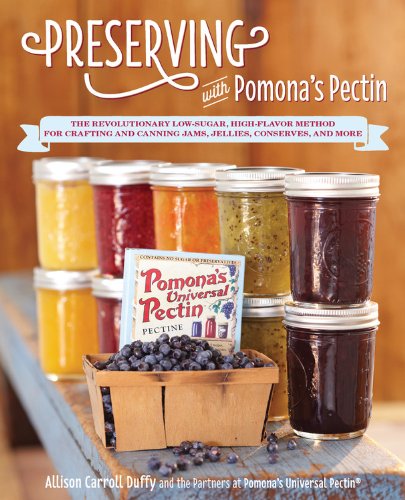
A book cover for Preserving with Pomona's Pectin: The Revolutionary Low-Sugar, High-Flavor Method for Crafting and Canning Jams, Jellies, Conserves, and More; Allison Carroll Duffy; Cookbooks, Food & Wine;